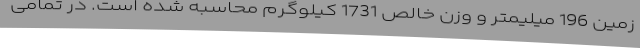
زمین 196 میلیمتر و وزن خالص 1731 کیلوگرم محاسبه شده است. در تمامی